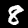
Label: 8